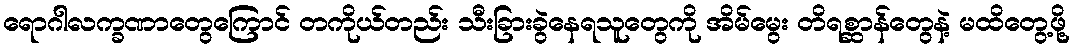
ရောဂါလက္ခဏာတွေကြောင် တကိုယ်တည်း သီးခြားခွဲနေရသူတွေကို အိမ်မွေး တိရစ္ဆာန်တွေနဲ့ မထိတွေ့ဖို့